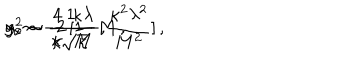
LaTeX: \: g _ { c } ^ { 2 } \sim \frac { 4 } { \kappa } \, [ 1 - \frac { \kappa ^ { 2 } \lambda ^ { 2 } } { M ^ { 2 } } ] \, , \hspace { 0 . 5 c m } y _ { 0 } \sim \frac { 1 } { \kappa \sqrt { \kappa } \, } \, M \, , \hspace { 0 . 5 c m } \alpha \sim - 2 \, \frac { \kappa \lambda } { M } \, , \: